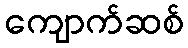
ကျောက်ဆစ်